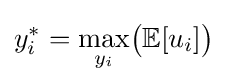
y_{i}^{*}={\underset {y_{i}}{\max }}{\bigl (}\mathbb {E} [u_{i}]{\bigr )}